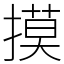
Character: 摸